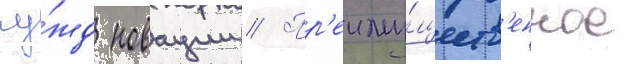
чу́жд новации // Пр'еиму́ществ'енное